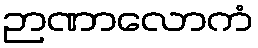
ဉာဏာလောကံ